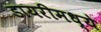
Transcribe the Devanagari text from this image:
डायरीमध्ये